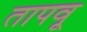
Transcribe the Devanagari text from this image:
तापवू